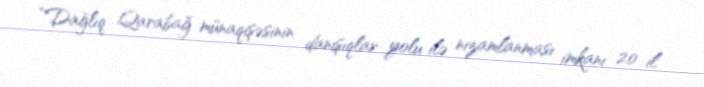
“Dağlıq Qarabağ münaqişəsinin danışıqlar yolu ilə nizamlanması imkanı 20 il